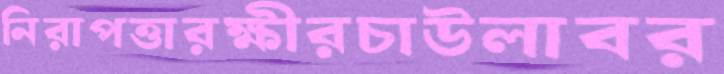
নিরাপত্তারক্ষীরচাউলাবর